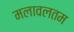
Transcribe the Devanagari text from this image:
मलावलतम